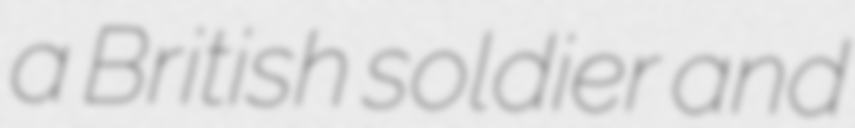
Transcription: a British soldier and